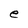
Character: e